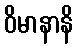
ဝိမာနာနိ